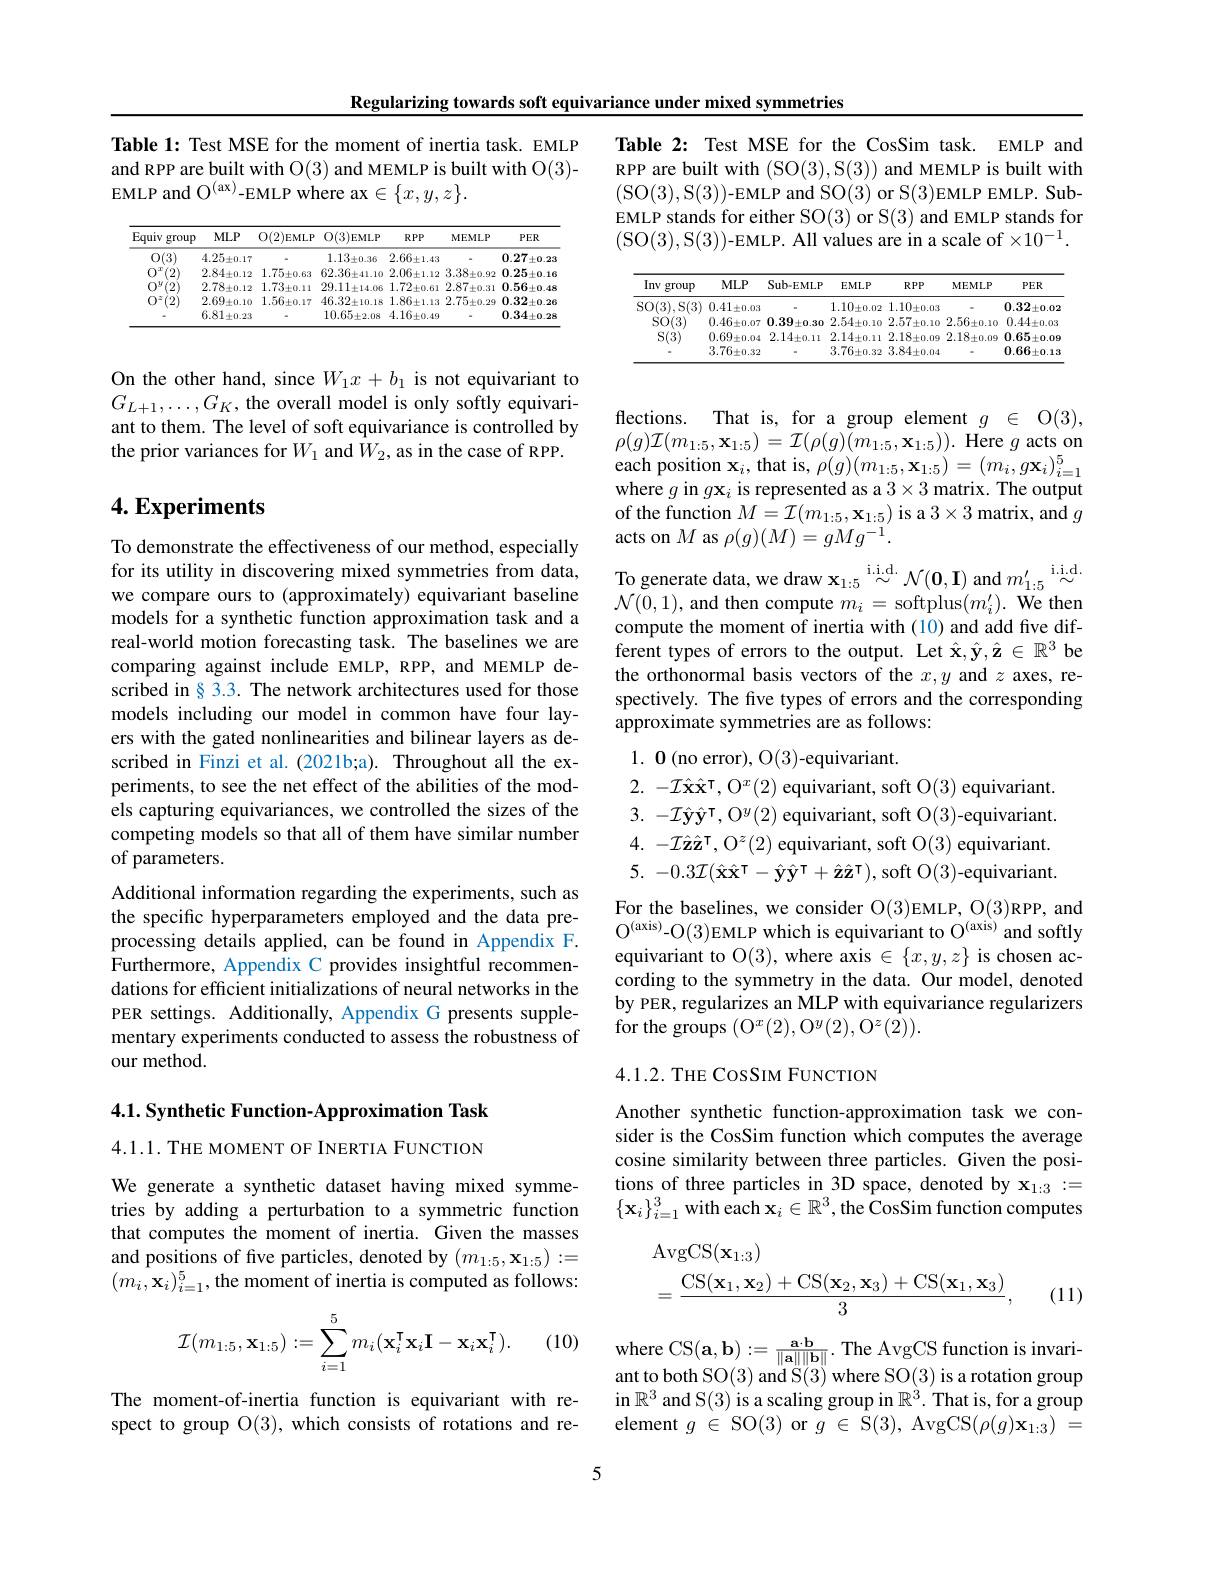
Regularizing towards soft equivariance under mixed symmetries

Table 1: Test MSE for the moment of inertia task. EMLP and RPP are built with O(3) and MEMLP is built with O(3)- EMLP and O$^{(\mathrm{ax})}$-EMLP where ax$\in\{x,y,z\}.$

<table>
	<tbody>
		<tr>
			<th>Equiv group</th>
			<th>$MLP$</th>
			<th>O(2)EMLP</th>
			<th>$\mathcal{O}(3)$EMLP</th>
			<th>$RPP$</th>
			<th>$MEMLP$</th>
			<th>$PER$</th>
		</tr>
		<tr>
			<td>0(3)</td>
			<td>$4.25\pm0.17$</td>
			<td> </td>
			<td>$1.13\pm0.36$</td>
			<td>$2.66\pm1.43$</td>
			<td> </td>
			<td>0.27 $7\pm0.23$</td>
		</tr>
		<tr>
			<td>0 2</td>
			<td>$2.84\pm0.12$</td>
			<td>$1.75\pm0.63$</td>
			<td>$62.36\pm41.10$</td>
			<td>$2.06\pm1.12$</td>
			<td>$3.38\pm0.92$</td>
			<td>$0.25\pm0.16$</td>
		</tr>
		<tr>
			<td>$0^{y}$ 47 1</td>
			<td>$2.78_{\pm0.12}$</td>
			<td>$1.73_{\pm0.11}$</td>
			<td>$29.11\pm14.06$</td>
			<td>$1.72_{\pm0.61}$</td>
			<td>$2.87\pm0.31$</td>
			<td>$0.56\pm0.48$</td>
		</tr>
		<tr>
			<td>0 7</td>
			<td>$2.69\pm0.10$</td>
			<td>$1.56\pm0.17$</td>
			<td>46.32 $2\pm10.18$</td>
			<td>$1.86\pm1.13$</td>
			<td>$2.75\pm0.29$</td>
			<td>$0.32\pm0.26$</td>
		</tr>
		<tr>
			<td> </td>
			<td>$6.81\pm0.23$</td>
			<td> </td>
			<td>$10.65_{\pm2.08}$</td>
			<td>$4.16\pm0.49$</td>
			<td> </td>
			<td>$0.34\pm0.28$</td>
		</tr>
	</tbody>
</table>

On the other hand, since $W_1x+b_1$ is not equivariant to $G_{L+1},\ldots,G_K$, the overall model is only softly equivariant to them. The level of soft equivariance is controlled by the prior variances for $W_1$ and $W_2$, as in the case of RPP.

## 4. Experiments

To demonstrate the effectiveness of our method, especially we compare ours to (approximately) equivariant baseline models for a synthetic function approximation task and a real-world motion forecasting task. The baselines we are comparing against include EMLP, RPP, and MEMLP described in§3.3. The network architectures used for those models including our model in common have four layers with the gated nonlinearities and bilinear layers as described in Finzi et al.(2021b;a). Throughout all the experiments, to see the net effect of the abilities of the models capturing equivariances, we controlled the sizes of the competing models so that all of them have similar number of parameters.
Additional information regarding the experiments, such as the specific hyperparameters employed and the data preprocessing details applied, can be found in Appendix F. Furthermore, Appendix C provides insightful recommendations for efficient initializations of neural networks in the PER settings. Additionally, Appendix G presents supplementary experiments conducted to assess the robustness of our method.

$4. 1. \textbf{Synthetic Function- Approximation Task}$

4.1.1. THE MOMENT OF INERTIA FUNCTION

We generate a synthetic dataset having mixed symmetries by adding a perturbation to a symmetric function that computes the moment of inertia. Given the masses and positions of five particles, denoted by $(m_{1:5},\mathbf{x}_{1:5}):=$ $(m_{i},\mathbf{x}_{i})_{i=1}^{5}$,the moment of inertia is computed as follows:
$$\mathcal{I}(m_{1:5},\mathbf{x}_{1:5}):=\sum_{i=1}^5m_i(\mathbf{x}_i^\intercal\mathbf{x}_i\mathbf{I}-\mathbf{x}_i\mathbf{x}_i^\intercal).$$
(10)

The moment-of-inertia function is equivariant with respect to group O(3), which consists of rotations and re-

Table 2: Test MSE for the CosSim task. EMLP and RPP are built with (SO(3),S(3)) and MEMLP is built with (SO(3),S(3))-EMLP and SO(3) or S(3)EMLP EMLP. SubEMLP stands for either SO(3) or S(3) and EMLP stands for (SO(3),S(3))-EMLP. All values are in a scale of$\times10^-1.$

<table>
	<tbody>
		<tr>
			<th>Inv group</th>
			<th>$MLP$</th>
			<th>$Sub-EMLP$</th>
			<th>$EMLP$</th>
			<th>$RPP$</th>
			<th>$MEMLP$</th>
			<th>$PER$</th>
		</tr>
		<tr>
			<td>$\operatorname{SO}(3),\operatorname{S}(3)$</td>
			<td>$0.41\pm0.03$</td>
			<td> </td>
			<td>$1.10_{\pm0.02}$</td>
			<td>$1.10_{\pm0.03}$</td>
			<td> </td>
			<td>$0.32\pm0.02$</td>
		</tr>
		<tr>
			<td>$SO(3)$</td>
			<td>$0.46\pm0.07$</td>
			<td>0.39 $\pm0.30$</td>
			<td>$2.54\pm0.10$</td>
			<td>$2.57\pm0.10$</td>
			<td>$2.56\pm0.10$</td>
			<td>$0.44\pm0.03$</td>
		</tr>
		<tr>
			<td>$S(3)$</td>
			<td>0.69 $\pm0.04$</td>
			<td>$2.14\pm0.11$</td>
			<td>$2.14\pm0.11$</td>
			<td>$2.18\pm0.09$</td>
			<td>$2.18\pm0.09$</td>
			<td>$0.65\pm0.09$</td>
		</tr>
		<tr>
			<td> </td>
			<td>$3.76\pm0.32$</td>
			<td> </td>
			<td>$3.76\pm0.32$</td>
			<td>$3.84\pm0.04$</td>
			<td> </td>
			<td>$0.66\pm0.13$</td>
		</tr>
	</tbody>
</table>

flections. That is, for a group element $g\in$O(3), $\rho(g)\mathcal{I}(m_{1:5},\mathbf{x}_{1:5})=\mathcal{I}(\rho(g)\tilde{(m_{1:5},\mathbf{x}_{1:5})}).$ Here $g$ acts on each position $\mathbf{x}_i$,that is, $\rho(g)(m_{1:5},\mathbf{x}_{1:5})=(m_{i},g\mathbf{x}_{i})_{i=1}^{5}$ where $g$ in $g\mathbf{x} _i$ is represented as a $3\times3$ matrix. The output of the function $M=\mathcal{I}(m_1:5,\mathbf{x}_{1:5})$ is a $3\times3$ matrix, and $g$ acts on $M$ as $\rho(g)(M)=gMg^-1.$
for its utility in discovering mixed symmetries from data, To generate data, we draw $\mathbf{x} _{1: 5}\overset {\mathrm{i. i. d. }}{\operatorname* { \operatorname* { \sim } } }\mathcal{N} ( \mathbf{0} , \mathbf{I} )$ and $m_{1:5}^{\prime}\overset{\mathrm{i.i.d.}}{\operatorname*{\sim}}$
$\mathcal{N}(0,1)$, and then compute $m_i=$softplus$(m_i^{\prime}).$ We then compute the moment of inertia with (10) and add five different types of errors to the output. Let $\hat{\mathbf{x}},\hat{\mathbf{y}},\hat{\mathbf{z}}\in\mathbb{R}^3$ be the orthonormal basis vectors of the $x,y$ and $z$ axes, respectively. The five types of errors and the corresponding approximate symmetries are as follows:
$1. \textbf{0( no error) , O( 3) - equivariant}.$
$2.~-{\mathcal I}\hat{\mathbf{x}}\hat{\mathbf{x}}^{\mathbf{T}},\mathrm{~O}^{x}(2)~$equivariant, soft O$(3)~$equivariant. $3.~-{\mathcal I}\hat{\mathbf{y}}\hat{\mathbf{y}}^{\mathbf{T}},\mathrm{O}^{y}(2)$ equivariant, soft O(3)-equivariant. $4.~-{\mathcal I}\hat{\mathbf{z}}\hat{\mathbf{z}}^{\mathrm{T}},\mathrm{O}^{z}(2)$ equivariant, soft O(3) equivariant. 5. $- 0. 3{\mathcal{I} }( \hat{\mathbf{x} } \hat{\mathbf{x} } ^{\mathsf{T} }- \hat{\mathbf{y} } \hat{\mathbf{y} } ^{\mathsf{T} }+ \hat{\mathbf{z} } \hat{\mathbf{z} } ^{\mathsf{T} }) $,soft O(3)-equivariant. For the baselines, we consider O(3)EMLP, O(3)RPP, and $\mathrm{O}^{(\mathrm{axis)}}$-O(3)EMLP which is equivariant to O$^{(\mathrm{axis})}$and softly equivariant to O(3), where axis $\in\{x,y,z\}$ is chosen according to the symmetry in the data. Our model, denoted by PER, regularizes an MLP with equivariance regularizers for the groups $(\mathrm{O}^{x}(2),\mathrm{O}^{y}(2),\mathrm{O}^{z}(2)).$
4.1.2. THE CosSIM FUNCTION

Another synthetic function-approximation task we consider is the CosSim function which computes the average cosine similarity between three particles. Given the positions of three particles in 3D space, denoted by $\mathbf{x}_{1:3}:=$ $\{\mathbf{x}_{i}\}_{i=1}^{3}$ with each $\mathbf{x}_i\in\mathbb{R}^3$,the CosSim function computes
$$\begin{aligned}&\mathrm{AvgCS}(\mathbf{x}_{1:3})\\&=\frac{\mathrm{CS}(\mathbf{x}_1,\mathbf{x}_2)+\mathrm{CS}(\mathbf{x}_2,\mathbf{x}_3)+\mathrm{CS}(\mathbf{x}_1,\mathbf{x}_3)}{3},\end{aligned}$$
(11)

where CS$(\mathbf{a},\mathbf{b}):=\frac{\mathbf{a}\cdot\mathbf{b}}{\|\mathbf{a}\|\|\mathbf{b}\|}.$The AvgCS function is invariant to both SO(3) and S(3) where SO(3) is a rotation group in $R^3$ and S( 3) is a scaling group in $\mathbb{R} ^3.$ That is, for a group element $g\in$ SO(3) or $g\in$ S(3), AvgCS$(\rho(g)\mathbf{x}_{1:3})=$

5